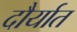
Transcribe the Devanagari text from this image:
दौर्यात